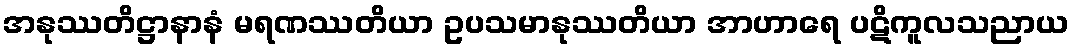
အနုဿတိဋ္ဌာနာနံ မရဏဿတိယာ ဥပသမာနုဿတိယာ အာဟာရေ ပဋိကူလသညာယ